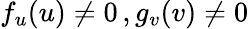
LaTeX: f_{u}(u)\neq 0\, ,g_{v}(v)\neq 0